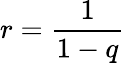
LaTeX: r=\frac{1}{1-q}